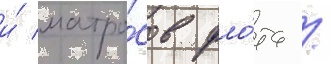
и́ матро́сов фло́та /